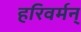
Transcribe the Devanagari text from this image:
हरिवर्मन्‌